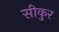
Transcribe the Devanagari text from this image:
सीकुर